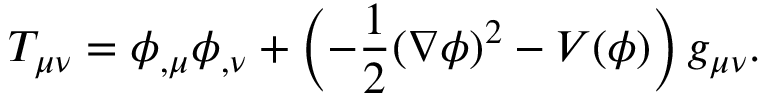
T _ { \mu \nu } = \phi _ { , \mu } \phi _ { , \nu } + \left( - \frac { 1 } { 2 } ( \nabla \phi ) ^ { 2 } - V ( \phi ) \right) g _ { \mu \nu } .